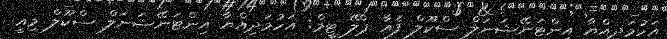
އަހުމަދިއްޔާ އިންޓަނޭޝަނަލް ސްކޫލް ފެއާ ޕްލޭ ޓީމް: އަހުމަދިއްޔާ އިންޓަނޭޝަނަލް ސްކޫލް މިއީ